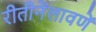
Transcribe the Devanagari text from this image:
रीतीनेंलावणें